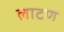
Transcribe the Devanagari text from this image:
लाटण